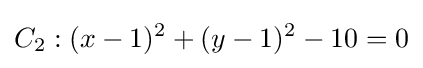
C_{2}:(x-1)^{2}+(y-1)^{2}-10=0